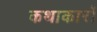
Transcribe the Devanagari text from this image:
कथाकारों